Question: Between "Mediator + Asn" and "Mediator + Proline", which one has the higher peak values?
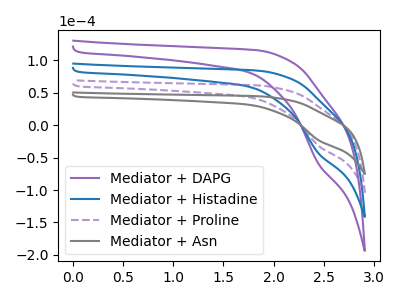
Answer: <think>The purple curve "Mediator + DAPG" has a cathodic peak at: (2.45V, -94.90uA). The blue curve "Mediator + Histadine" has a cathodic peak at: (2.45V, -63.30uA). The purple dashed curve "Mediator + Proline" has a cathodic peak at: (2.45V, -31.65uA). The gray curve "Mediator + Asn" has a cathodic peak at: (2.45V, -23.05uA).</think>
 <answer>Every peak in "Mediator + Asn" is lower than every peak in "Mediator + Proline".</answer>
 <eval>lower</eval>